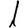
Digit: 1